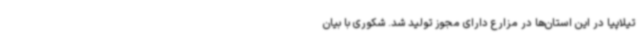
تیلاپیا در این استان‌ها در مزارع دارای مجوز تولید شد. شکوری با بیان